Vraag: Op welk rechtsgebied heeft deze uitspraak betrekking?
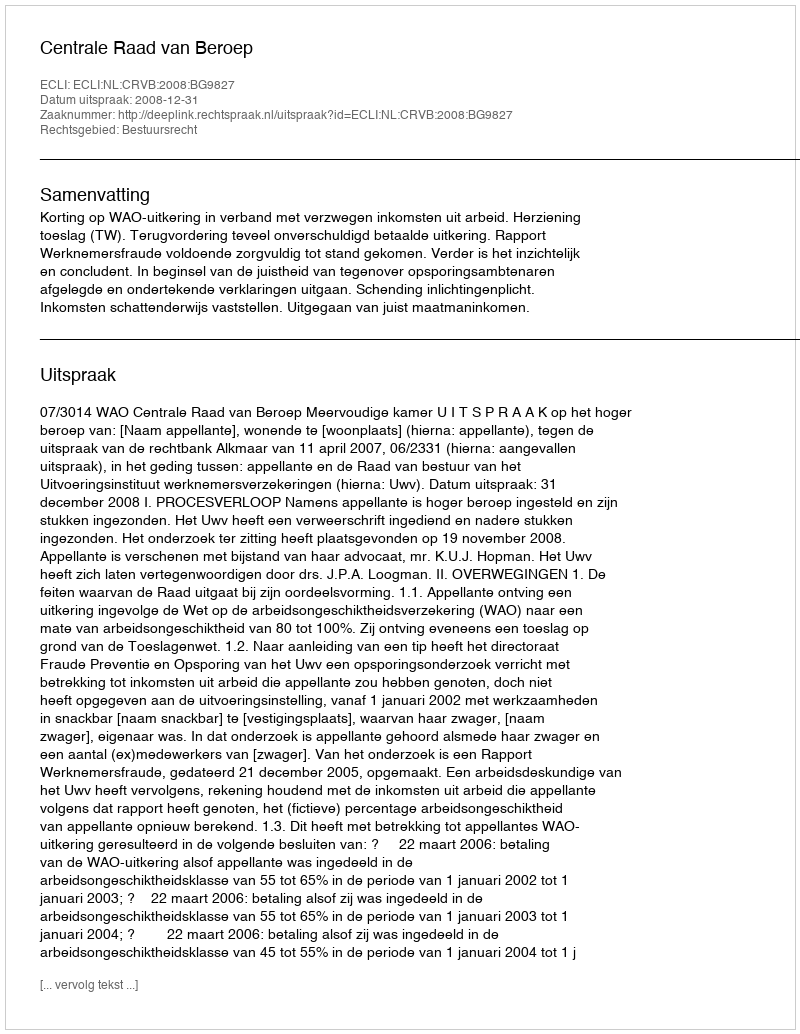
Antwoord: Bestuursrecht